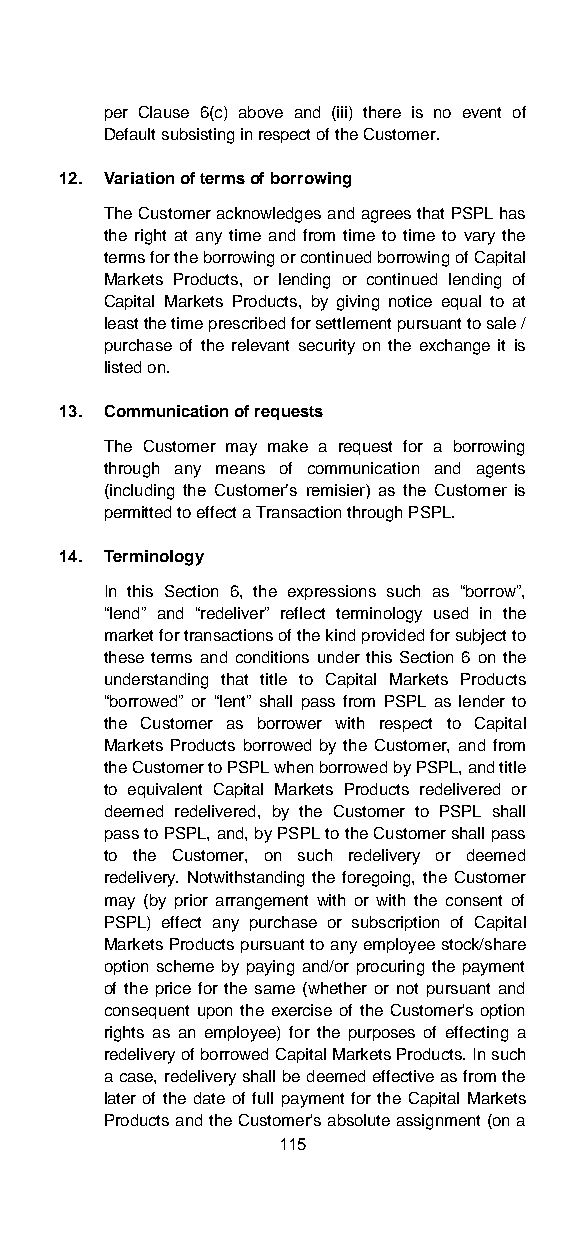
per Clause 6(c) above and (iii) there is no event of
 Default subsisting in respect of the Customer.
 12. Variation of terms of borrowing
 The Customer acknowledges and agrees that PSPL has
 the right at any time and from time to time to vary the
 terms for the borrowing or continued borrowing of Capital
 Markets Products, or lending or continued lending of
 Capital Markets Products, by giving notice equal to at
 least the time prescribed for settlement pursuant to sale /
 purchase of the relevant security on the exchange it is
 listed on.
 13. Communication of requests
 The Customer may make a request for a borrowing
 through any means of communication and agents
 (including the Customer’s remisier) as the Customer is
 permitted to effect a Transaction through PSPL.
 14. Terminology
 In this Section 6, the expressions such as “borrow”,
 “lend” and “redeliver” reflect terminology used in the
 market for transactions of the kind provided for subject to
 these terms and conditions under this Section 6 on the
 understanding that title to Capital Markets Products
 “borrowed” or “lent” shall pass from PSPL as lender to
 the Customer as borrower with respect to Capital
 Markets Products borrowed by the Customer, and from
 the Customer to PSPL when borrowed by PSPL, and title
 to equivalent Capital Markets Products redelivered or
 deemed redelivered, by the Customer to PSPL shall
 pass to PSPL, and, by PSPL to the Customer shall pass
 to the Customer, on such redelivery or deemed
 redelivery. Notwithstanding the foregoing, the Customer
 may (by prior arrangement with or with the consent of
 PSPL) effect any purchase or subscription of Capital
 Markets Products pursuant to any employee stock/share
 option scheme by paying and/or procuring the payment
 of the price for the same (whether or not pursuant and
 consequent upon the exercise of the Customer's option
 rights as an employee) for the purposes of effecting a
 redelivery of borrowed Capital Markets Products. In such
 a case, redelivery shall be deemed effective as from the
 later of the date of full payment for the Capital Markets
 Products and the Customer's absolute assignment (on a
 115